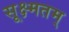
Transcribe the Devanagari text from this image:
सूक्ष्मतम्